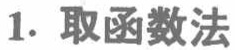
1. 取函数法